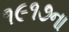
૧૯૧૭ના